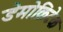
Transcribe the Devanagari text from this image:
डेमोक्रिटेक